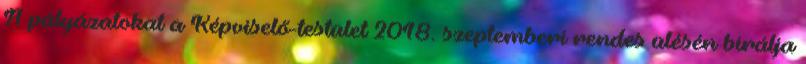
A pályázatokat a Képviselő-testület 2018. szeptemberi rendes ülésén bírálja